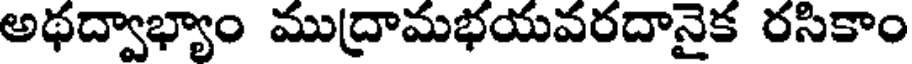
అథద్వాభ్యాం ముద్రామభయవరదానైక రసికాం